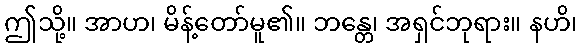
ဤသို့။ အာဟ၊ မိန့်တော်မူ၏။ ဘန္တေ၊ အရှင်ဘုရား။ နဟိ၊